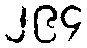
၂၉၄